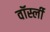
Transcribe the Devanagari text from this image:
वॉर्स्ली